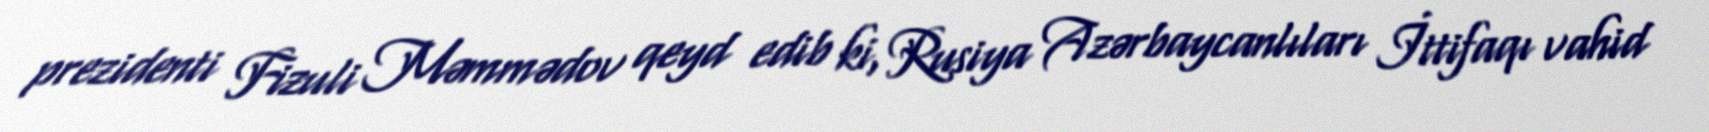
prezidenti Fizuli Məmmədov qeyd edib ki, Rusiya Azərbaycanlıları İttifaqı vahid